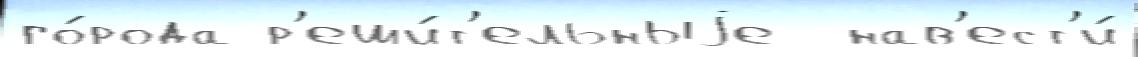
го́рода р'еши́т'ельныjе  нав'ест'и́